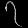
Digit: ၇